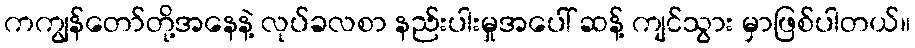
ကကျွန်တော်တို့အနေနဲ့ လုပ်ခလစာ နည်းပါးမှုအပေါ် ဆန့် ကျင်သွား မှာဖြစ်ပါတယ်။